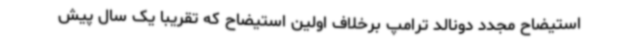
استیضاح مجدد دونالد ترامپ برخلاف اولین استیضاح که تقریبا یک سال پیش